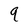
Character: q